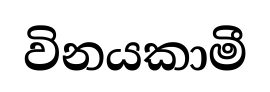
විනයකාමී